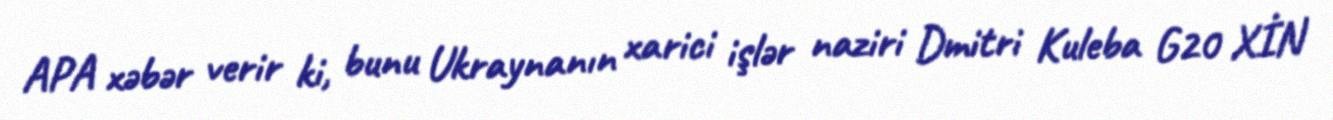
APA xəbər verir ki, bunu Ukraynanın xarici işlər naziri Dmitri Kuleba G20 XİN